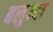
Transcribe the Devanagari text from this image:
बलुन्दा